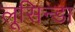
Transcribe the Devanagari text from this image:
लूसिन्डा